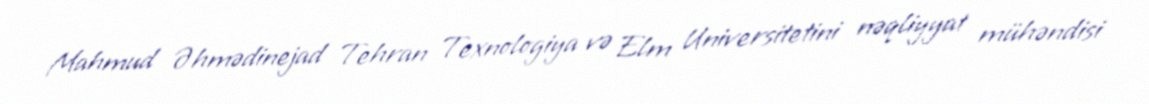
Mahmud Əhmədinejad Tehran Texnologiya və Elm Universitetini nəqliyyat mühəndisi